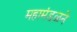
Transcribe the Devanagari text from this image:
महामंडळने